Civil Veterinary Department. United Provinces 1923-31 - 1923-1931
Year: 1923
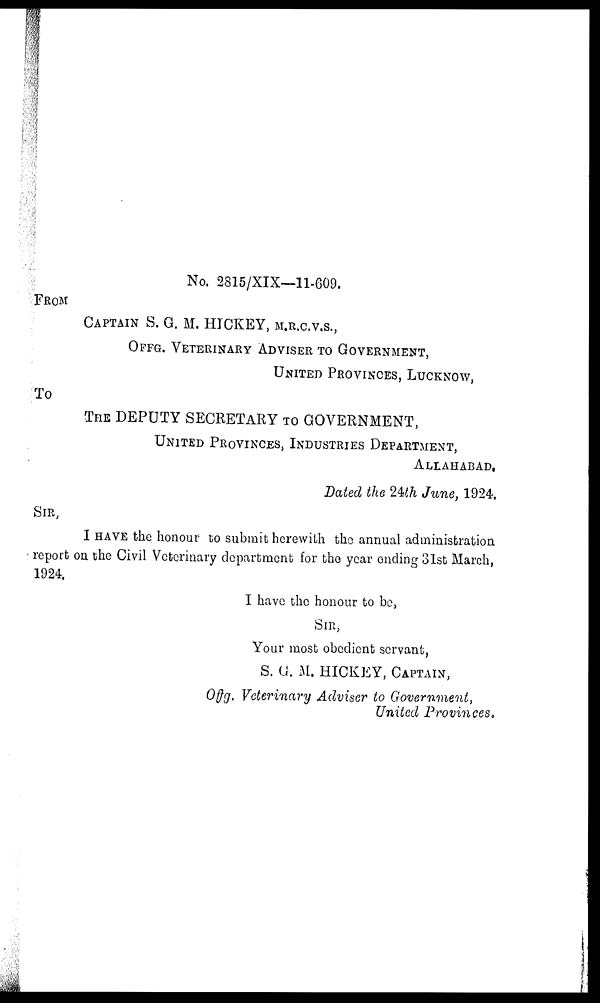
No. 2815/XIX—11-609.
FROM
CAPTAIN S. G. M. HICKEY, M.R.C.V.S.,
OFFG. VETERINARY ADVISOR TO GOVERNMENT,
UNITED PROVINCES, LUCKNOW,
TO
THE DEPUTY SECRETARY TO GOVERNMENT,
UNITED PROVINCES, INDUSTRIES DEPARTMENT,
ALLAHABAD,
Dated the 24th June, 1924.
I HAVE the honour to submit herewith the annual administration
report on the Civil Veterinary department for the year ending 31st March,
1924.
I have the honour to be,
SIR,
Your most obedient servant,
S. G. M. HICKEY, CAPTAIN,
Offg, Veterinary Adviser to Government,
United Provinces.